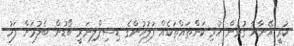
ކުރީ އޭނާއާ ގުޅުން ހުރި ކަންތައްތަކެއް ފުލުހުންގެ ޑިސިޕްލިނަރީ ބޯޑުން ބެލުމަށް ފަހު